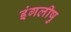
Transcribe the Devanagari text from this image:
इंगलीषु